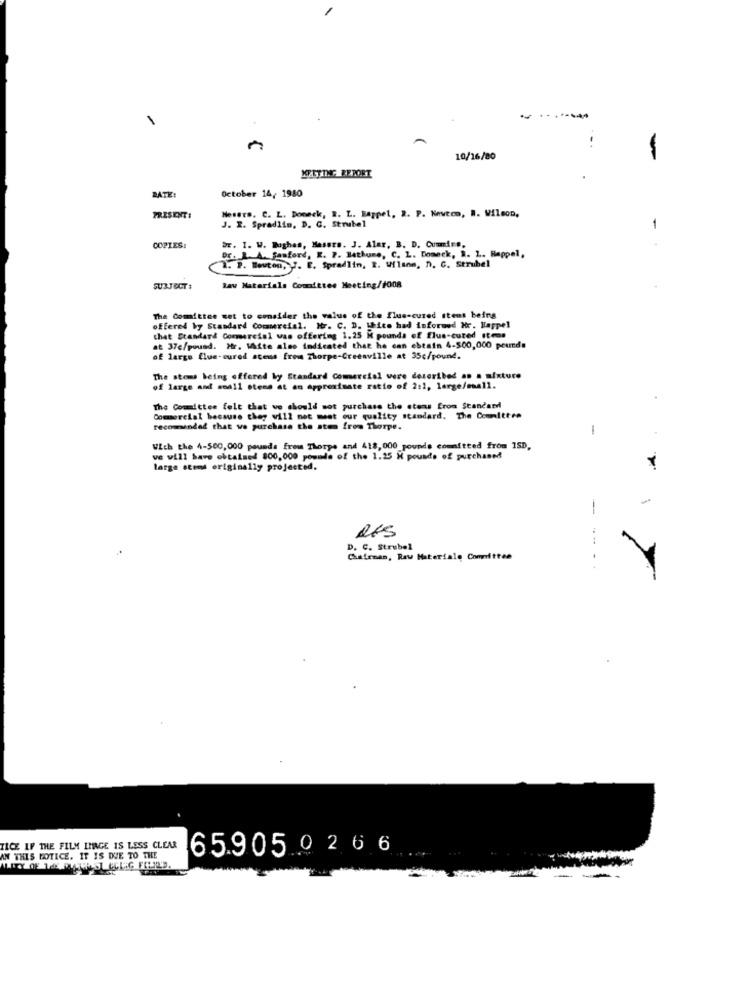
-
A
10/16/80
-
KETTING BERORT
October 14, 1980
DATE:
PRESENT:
Nesete. C. L. Doneck, R. L. Bappel, 2. P. Newton, R. Wilson,
J. R. Spradlin, D. C. Strubel
1
COPIES:
Dr. I. W. Bushas, Hesers. J. Alar, B. D. Cummine.
Dr. L. A. Sanford, K. 7. Bathune, C. L. Domnek, R. L. Happel,
I. P. Bouton, ". E. Spradlin, R. Wilson, n. C. Strubel
SUBJECT:
Raw Materials Committee Meeting/#008
The Committee set to consider the value of the flue-cured Itens being
offered by Standard Commercial. Nr. C. D. Lhite had informed Hr. Happel
that Standard Commercial was offering 1.25 i pounds of Elue-cured Items
at 37c/pound. Hr. White alee indicated that he can ebtain 4-500,000 pounds
of large flue-cured stems from Thorpe-Creeaville at 35c/pound.
The stems being offered by Standard Comercial were described as a mixture
of large and soall stese at an approximate ratio of 2:1, large/emall.
The Committee felt that we should not purchase the stens from Standard
Commercial because they will not meet our quality standard. The Committee
recommended that we purchase the ates from Thorpe.
-
Wich the 4-500,000 pounds from Thorpe and 418, 000 pounds committed from ISD.
ve will have obtained 800,000 pounds of the 1.25 H pounds of purchased
large steed originally projected.
-
-
. ..
D. C. Strubel
Chefrems, Raw Materiale Committee
TICE IF THE FILM IMAGE IS LESS CLEAR
65905 0266
AN THIS NOTICE. IT IS DUE TO THE